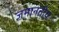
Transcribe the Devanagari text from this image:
जमानतीय